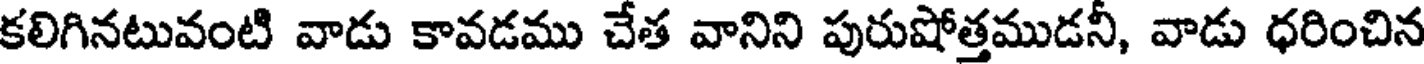
కలిగినటువంటి వాడు కావడము చేత వానిని పురుషోత్తముడనీ, వాడు ధరించిన